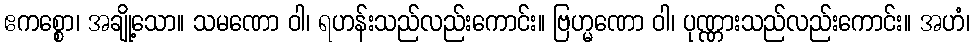
ဧကစ္စော၊ အချို့သော။ သမဏော ဝါ၊ ရဟန်းသည်လည်းကောင်း။ ဗြဟ္မဏော ဝါ၊ ပုဏ္ဏားသည်လည်းကောင်း။ အဟံ၊